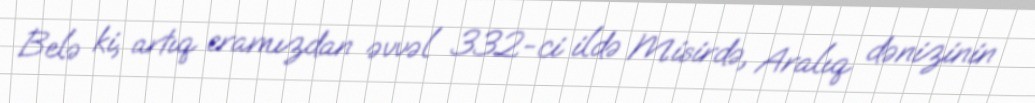
Belə ki, artıq eramızdan əvvəl 332-ci ildə Misirdə, Aralıq dənizinin